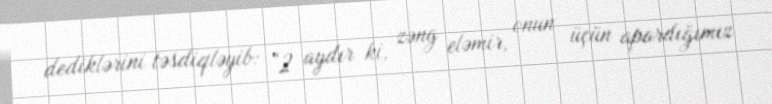
dediklərini təsdiqləyib: “2 aydır ki, zəng eləmir, onun üçün apardığımız